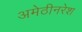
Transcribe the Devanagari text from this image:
अमेठीनरेश